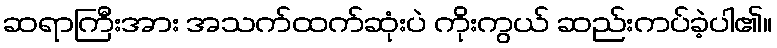
ဆရာကြီးအား အသက်ထက်ဆုံးပဲ ကိုးကွယ် ဆည်းကပ်ခဲ့ပါ၏။